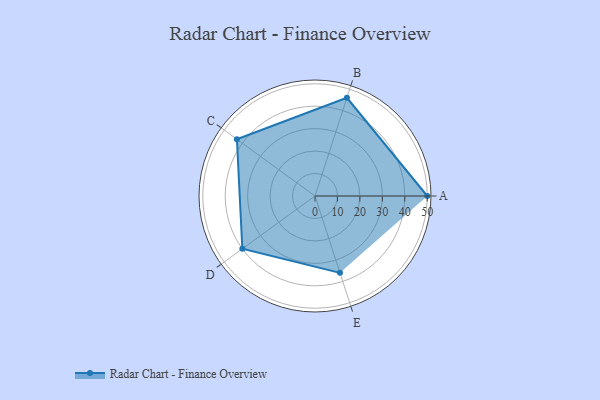
{"axis": {"x": "Skill", "y": "Score"}, "legend": ["Profile"], "data": [{"x": "A", "y": 50.0, "type": "Profile"}, {"x": "B", "y": 46.0, "type": "Profile"}, {"x": "C", "y": 43.0, "type": "Profile"}, {"x": "D", "y": 40.0, "type": "Profile"}, {"x": "E", "y": 36.0, "type": "Profile"}]}